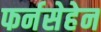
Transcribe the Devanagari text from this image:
फर्नसेहेन